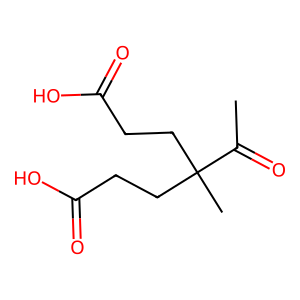
SMILES: CC(=O)C(C)(CCC(=O)O)CCC(=O)O
Inhibits HIV replication: No